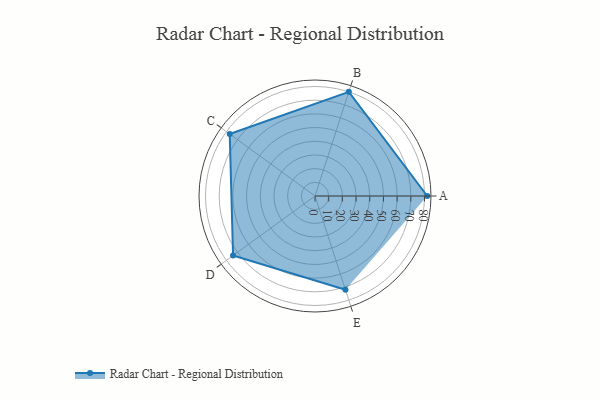
{"axis": {"x": "Skill", "y": "Score"}, "legend": ["Profile"], "data": [{"x": "A", "y": 82.0, "type": "Profile"}, {"x": "B", "y": 80.0, "type": "Profile"}, {"x": "C", "y": 77.0, "type": "Profile"}, {"x": "D", "y": 74.0, "type": "Profile"}, {"x": "E", "y": 72.0, "type": "Profile"}]}